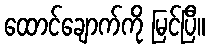
ထောင်ချောက်ကို မြင်ပြီ။